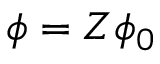
\phi = Z \phi _ { 0 }